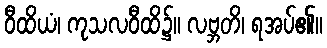
ဝီထိယံ၊ ကုသလဝီထိ၌။ လဗ္ဘတိ၊ ရအပ်၏။